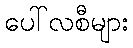
ပေါ်လစီများ